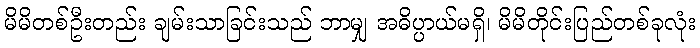
မိမိတစ်ဦးတည်း ချမ်းသာခြင်းသည် ဘာမျှ အဓိပ္ပာယ်မရှိ၊ မိမိတိုင်းပြည်တစ်ခုလုံး